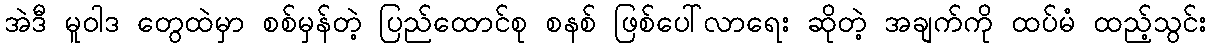
အဲဒီ မူဝါဒ တွေထဲမှာ စစ်မှန်တဲ့ ပြည်ထောင်စု စနစ် ဖြစ်ပေါ်လာရေး ဆိုတဲ့ အချက်ကို ထပ်မံ ထည့်သွင်း